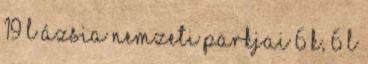
19 L Ázsia nemzeti parkjai‎ 6 K, 6 L